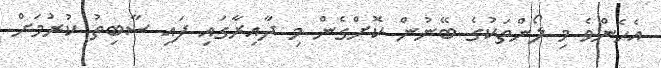
އެހެންވެ މި ލޯންތަކުގެ ބޭނުން ކޮށްގެން މި ދާއިރާގައި ފައި ސާބިތު ކުރުމަށް